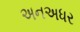
અનઅધર